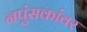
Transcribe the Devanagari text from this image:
नपुंसकांवर